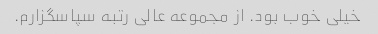
خیلی‌ خوب بود. از مجموعه عالی رتبه سپاسگزارم.